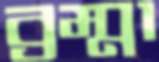
ব্রম্মা